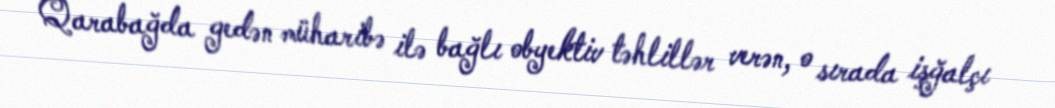
Qarabağda gedən müharibə ilə bağlı obyektiv təhlillər verən, o sırada işğalçı